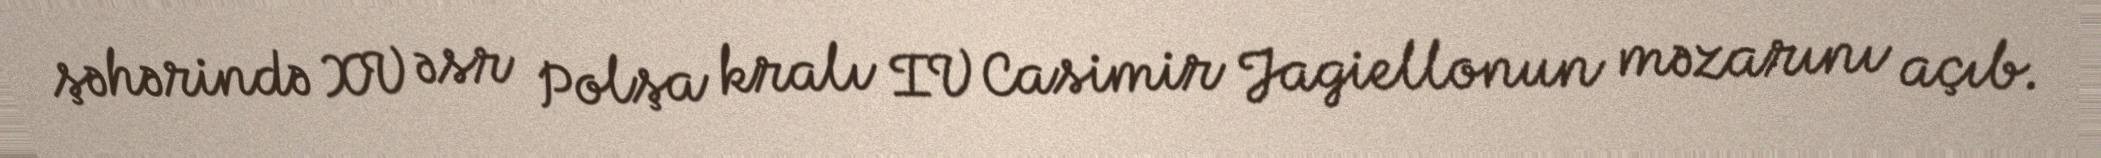
şəhərində XV əsr Polşa kralı IV Casimir Jagiellonun məzarını açıb.